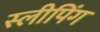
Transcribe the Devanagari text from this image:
स्‍लीपिंग